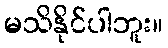
မသိနိုင်ပါဘူး။